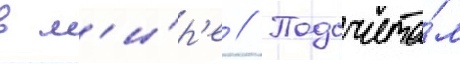
в м'и́р'е // Подсчита́л